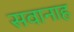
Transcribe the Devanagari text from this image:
सवानाह